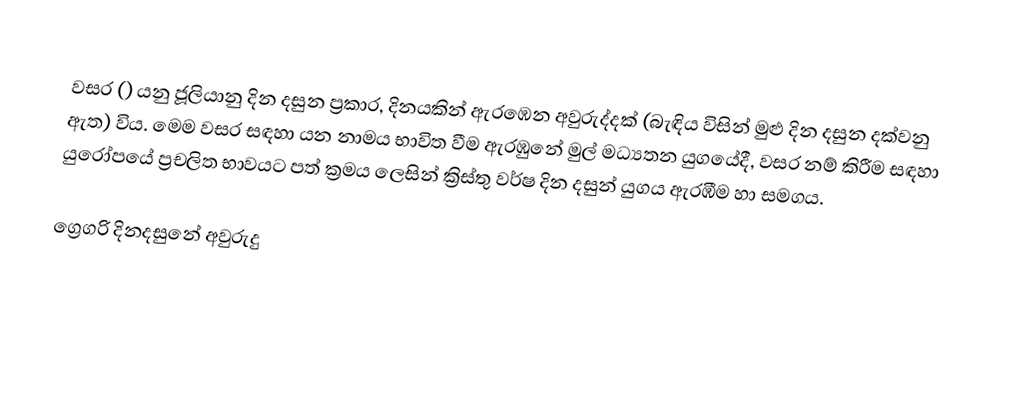

වසර   () යනු ජූලියානු දින දසුන ප්‍රකාර,    දිනයකින් ඇරඹෙන  අවුරුද්දක් (බැඳිය විසින් මුළු දින දසුන දක්වනු ඇත) විය. මෙම වසර සඳහා  යන නාමය භාවිත වීම ඇරඹුනේ මුල් මධ්‍යතන යුගයේදී, වසර නම් කිරීම සඳහා යුරෝපයේ ප්‍රචලිත භාවයට පත් ක්‍රමය ලෙසින් ක්‍රිස්තු වර්ෂ දින දසුන් යුගය ඇරඹීම හා සමගය.

ග්‍රෙගරි දිනදසුනේ අවුරුදු